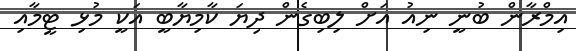
އިމްރާން ބުނީ ނިއު އަށް ލިބިގެން ދިޔަ ކާމިޔާބީ އަކީ މުޅި ޓީމާއި